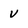
Character: v